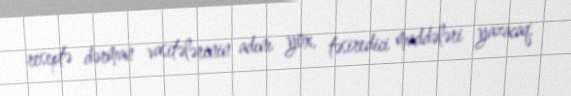
reseptə dərman vasitələrinin adını yox, təsiredici maddələri yazacaq.